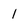
Character: 1